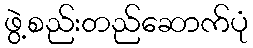
ဖွဲ့စည်းတည်ဆောက်ပုံ